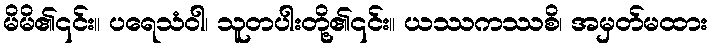
မိမိ၏၎င်း။ ပရေသံဝါ၊ သူတပါးတို့၏၎င်း။ ယဿကဿစိ၊ အမှတ်မထား